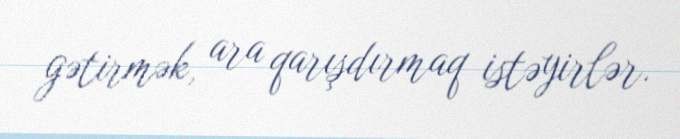
gətirmək, ara qarışdırmaq istəyirlər.